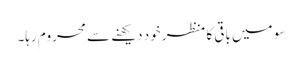
سو میں باقی کا منظر خود دیکھنے سے محروم رہا۔